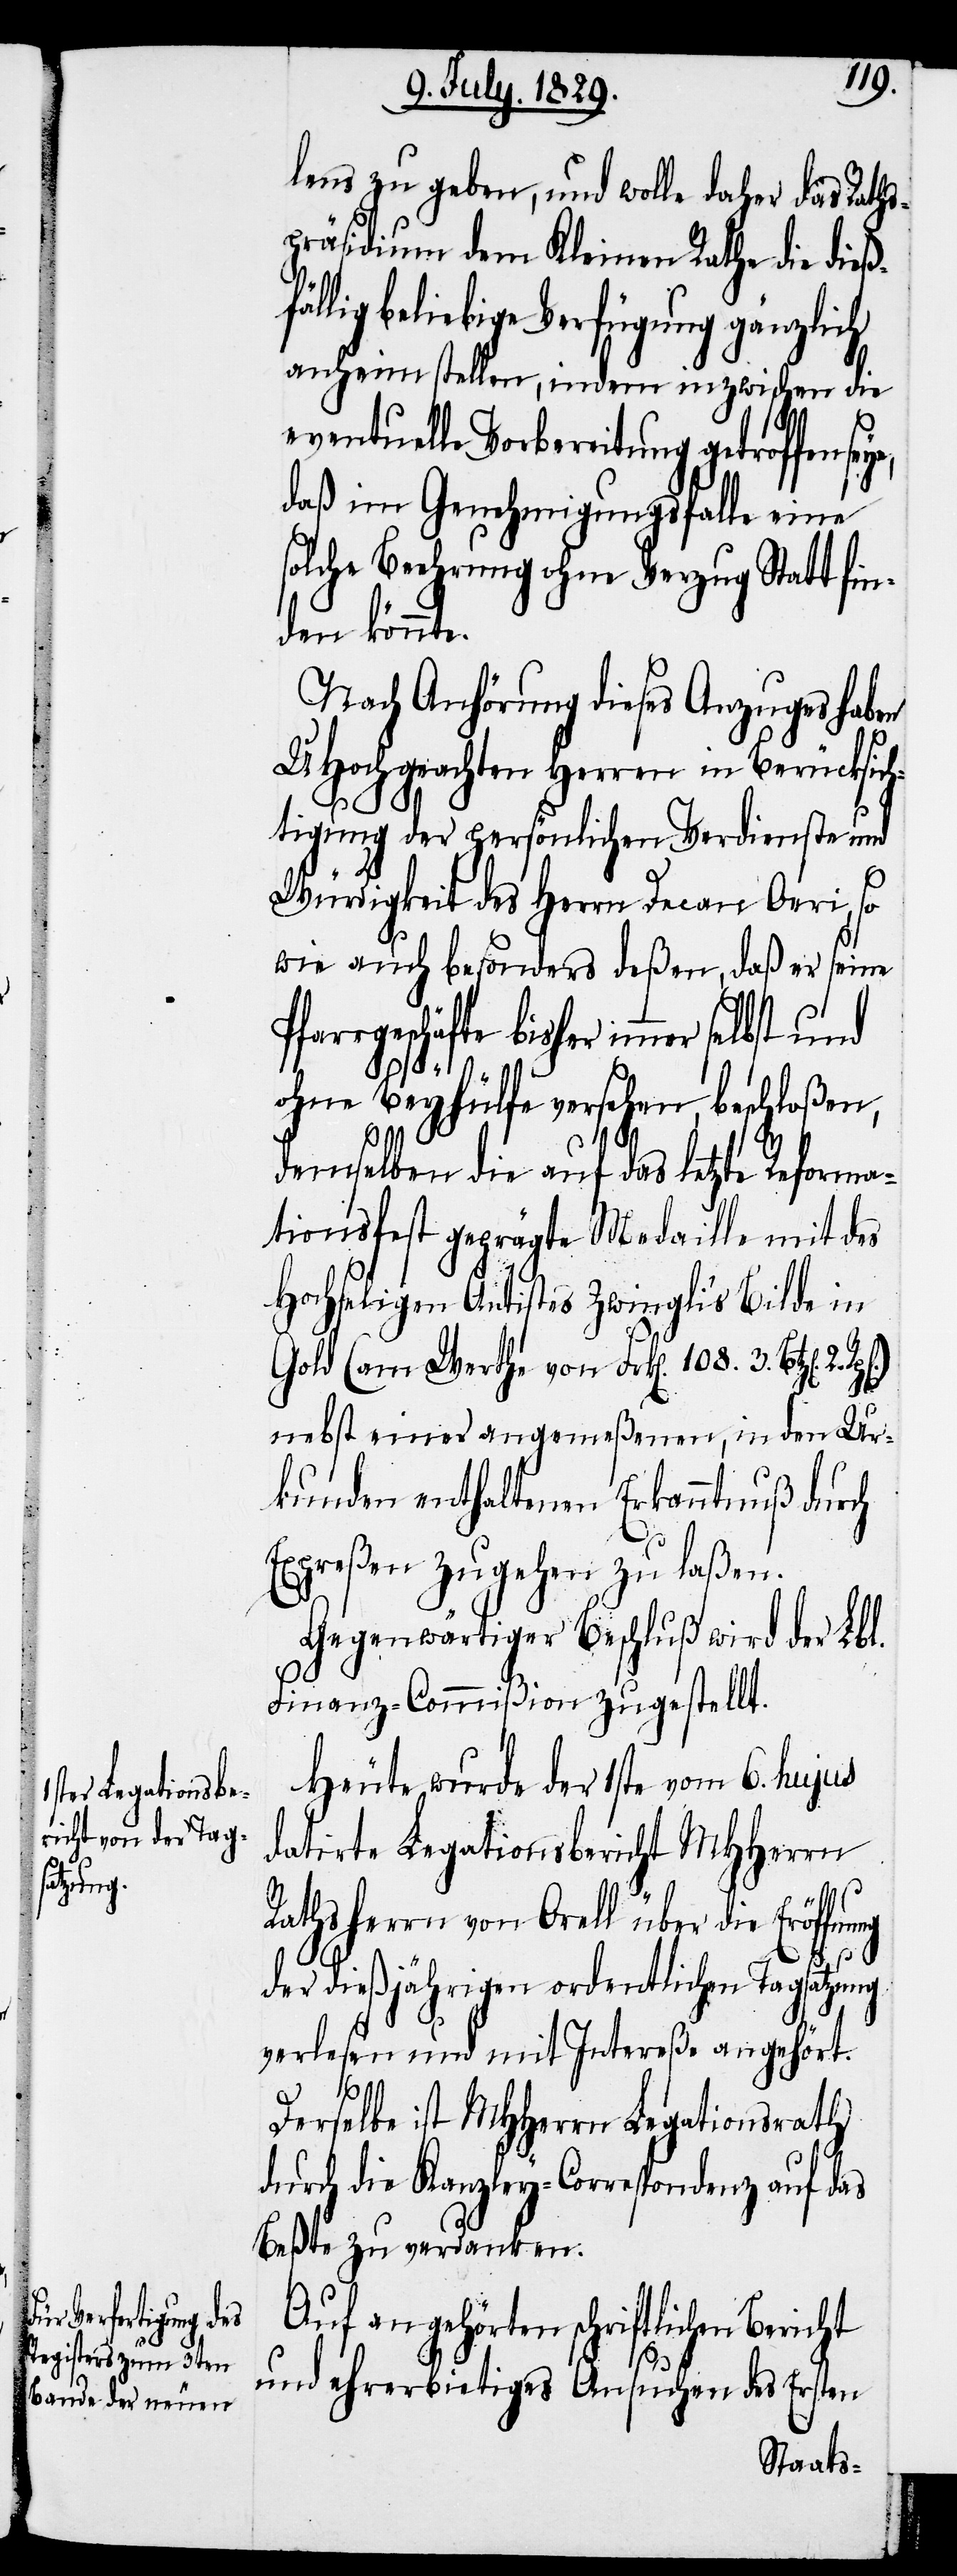
lens zu geben, und wolle daher das Raths¬
präsidium dem Kleinen Rathe die dieß¬
llig beliebige Verfügung gänzlich
anheim stellen, indem inzwischen die
eventuelle Vorbereitung getroffen
daß im Genehmigungsfalle eine
solche Beehrung ohne Verzug Statt fin¬
den könnte.
Nach Anhörung dieses Anzuges haben
UHochgeachten Herren in Berücksich¬
tigung der persönlichen Verdienste und
Würdigkeit der Herrn Decan Oeri, so
wie auch besonders deßen, daß er seine
Pfarrgeschäfte bisher immer selbst und
ohne Beyhülfe versehen, beschloßen,
ung
demselben die auf das letzte Reforma¬
tionsfest geprägte Medaille mit des
Hochseligen Antistes Zwingli’s Bilde in
Gold (am Werthe von Frk[en]. 108. 3. Btz[en].
2.
nebst einer angemeßenen, in der Ur¬
kunden enthaltenen Erkanntnuß durch
Expreßen zugehen zu laßen.
Gegenwärtiger Beschluß wird der Lbl.
Finanz-Commißion zugestellt.
Heute wurde der 1ste vom 6. hujus
datirte Legationsbericht MHHerrn
Rathsherrn von Orell über die Eröffn¬
der dießjährigen ordentlichen Tagsatzung
verlesen und mit Intereße angehört.
Derselbe ist MHHerrn Legationsrath
durch die Kanzley-Correspondenz auf das
Beßte zu verdanken.
Auf angehörten schriftlichen
und ehrerbietiges Ansuchen des Ersten